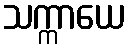
သက္ကာယေ